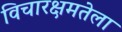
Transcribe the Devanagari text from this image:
विचारक्षमतेला